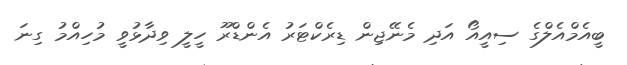
ބީއެމްއެލްގެ ސިއީއޯ އަދި މެނޭޖިން ޑިރެކްޓަރު އެންޑްރޫ ހީލީ ވިދާޅުވީ މުހިއްމު ގިނަ